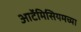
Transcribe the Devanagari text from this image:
आर्टेमिसियमच्या